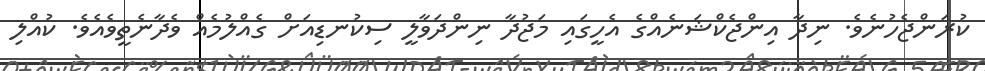
ކުރަންޖެހުނެވެ. ނިދާ އިންޖެކްޝަނެއްގެ އެހީގައި މަޖުދާ ނިންދަވާލީ ސިކުނޑިއަށް ގެއްލުމެއް ވެދާނެތީވެއެވެ. ކުއްލި